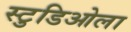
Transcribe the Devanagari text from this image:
स्टुडिओला